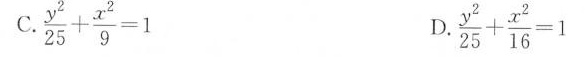
C.$$\frac { y ^ { 2 } } { 2 5 } + \frac { x ^ { 2 } } { 9 } = 1$$ D.$$ \frac { y ^ { 2 } } { 2 5 } + \frac { x ^ { 2 } } { 1 6 } =1$$